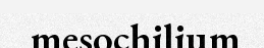
mesochilium